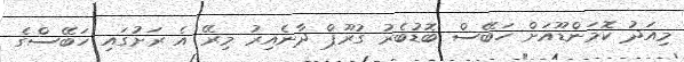
މިއަދު ކޮމަންޑޫއަށް ހަބޭސް ބޮޑުބެރު ގުރޫޕް ދާނެއިރު މިރޭ އެ ރަށުގައި ހަބޭސްގެ